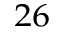
^ { 2 6 }